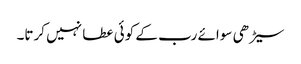
سیڑھی سوائے رب کے کوئی عطا نہیں کرتا۔